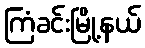
ကြံခင်းမြို့နယ်